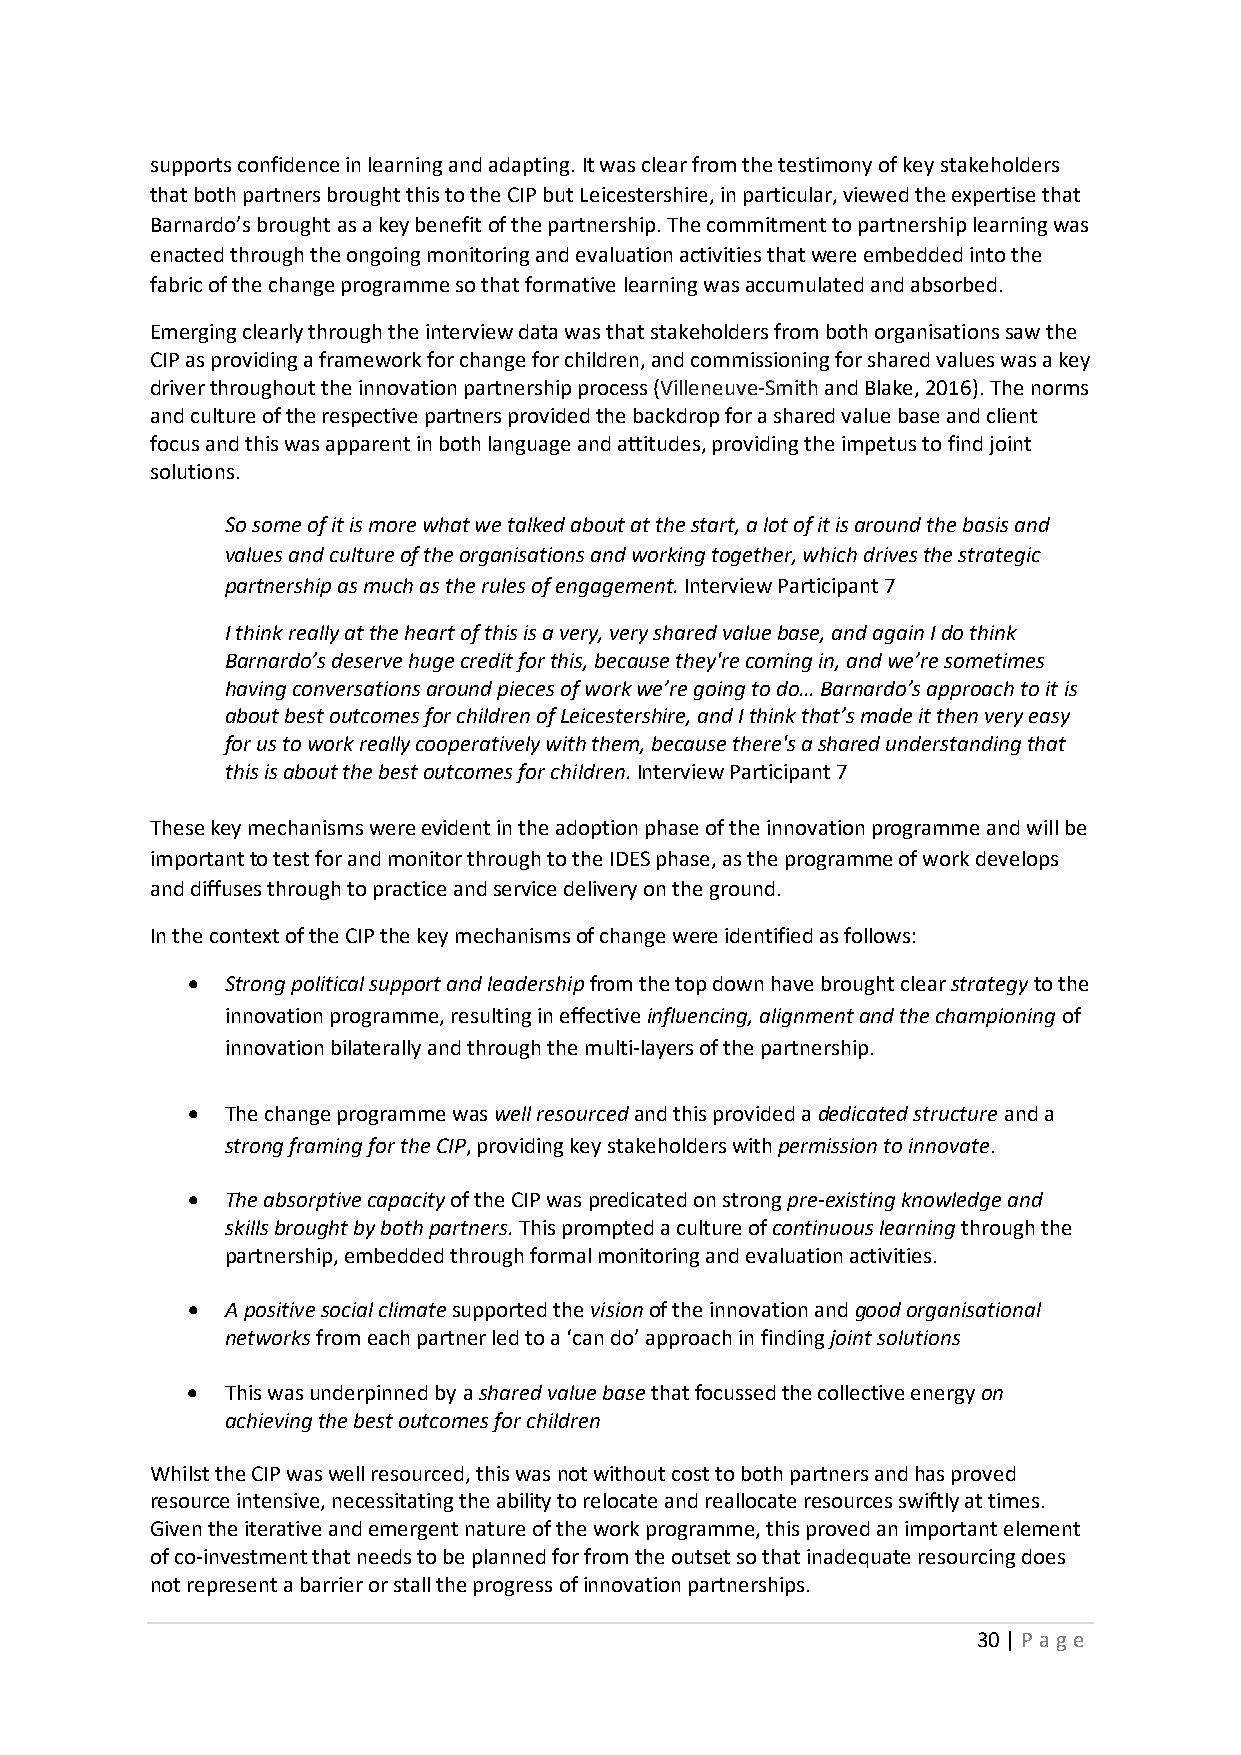
supports confidence in learning and adapting. It was clear from the testimony of key stakeholders
 that both partners brought this to the CIP but Leicestershire, in particular, viewed the expertise that
 Barnardo’s brought as a key benefit of the partnership. The commitment to partnership learning was
 enacted through the ongoing monitoring and evaluation activities that were embedded into the
 fabric of the change programme so that formative learning was accumulated and absorbed.
 Emerging clearly through the interview data was that stakeholders from both organisations saw the
 CIP as providing a framework for change for children, and commissioning for shared values was a key
 driver throughout the innovation partnership process (Villeneuve-Smith and Blake, 2016). The norms
 and culture of the respective partners provided the backdrop for a shared value base and client
 focus and this was apparent in both language and attitudes, providing the impetus to find joint
 solutions.
 So some of it is more what we talked about at the start, a lot of it is around the basis and
 values and culture of the organisations and working together, which drives the strategic
 partnership as much as the rules of engagement. Interview Participant 7
 I think really at the heart of this is a very, very shared value base, and again I do think
 Barnardo’s deserve huge credit for this, because they're coming in, and we’re sometimes
 having conversations around pieces of work we’re going to do… Barnardo’s approach to it is
 about best outcomes for children of Leicestershire, and I think that’s made it then very easy
 for us to work really cooperatively with them, because there's a shared understanding that
 this is about the best outcomes for children. Interview Participant 7
 These key mechanisms were evident in the adoption phase of the innovation programme and will be
 important to test for and monitor through to the IDES phase, as the programme of work develops
 and diffuses through to practice and service delivery on the ground.
 In the context of the CIP the key mechanisms of change were identified as follows:
 •  Strong political support and leadership from the top down have brought clear strategy to the
 innovation programme, resulting in effective influencing, alignment and the championing of
 innovation bilaterally and through the multi-layers of the partnership.
 •  The change programme was well resourced and this provided a dedicated structure and a
 strong framing for the CIP, providing key stakeholders with permission to innovate.
 •  The absorptive capacity of the CIP was predicated on strong pre-existing knowledge and
 skills brought by both partners. This prompted a culture of continuous learning through the
 partnership, embedded through formal monitoring and evaluation activities.
 •  A positive social climate supported the vision of the innovation and good organisational
 networks from each partner led to a ‘can do’ approach in finding joint solutions
 •  This was underpinned by a shared value base that focussed the collective energy on
 achieving the best outcomes for children
 Whilst the CIP was well resourced, this was not without cost to both partners and has proved
 resource intensive, necessitating the ability to relocate and reallocate resources swiftly at times.
 Given the iterative and emergent nature of the work programme, this proved an important element
 of co-investment that needs to be planned for from the outset so that inadequate resourcing does
 not represent a barrier or stall the progress of innovation partnerships.
 30 | P age